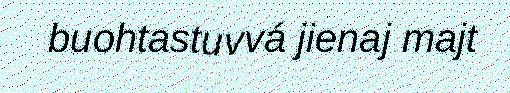
buohtastuvvá jienaj majt